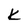
Character: K